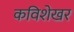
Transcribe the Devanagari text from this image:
कविशेखर